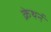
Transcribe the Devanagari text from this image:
क्रेथर्न